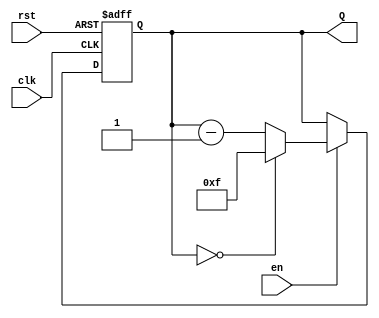
module binary_down_counter (
    input wire clk,        // Clock signal
    input wire rst,        // Asynchronous reset signal
    input wire en,         // Enable signal
    output reg [3:0] Q     // 4-bit output count
);

    // Maximum count value for a 4-bit counter
    localparam MAX_COUNT = 4'b1111; // 15 in decimal

    // Always block triggered on the clock's rising edge
    always @(posedge clk or posedge rst) begin
        if (rst) begin
            // Reset the counter to the maximum value
            Q <= MAX_COUNT;
        end else if (en) begin
            // Decrement the counter
            if (Q == 4'b0000) begin
                // Wrap around to the maximum count value
                Q <= MAX_COUNT;
            end else begin
                // Decrement the count
                Q <= Q - 1;
            end
        end
        // If enable is low, retain the current value of Q
    end

endmodule